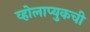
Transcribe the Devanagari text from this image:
व्होलाप्युकची